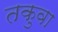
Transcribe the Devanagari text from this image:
तकुवा